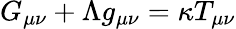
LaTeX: G_{\mu\nu}+\Lambda g_{\mu\nu}=\kappa T_{\mu\nu}